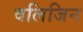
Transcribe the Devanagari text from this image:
वलिजिन